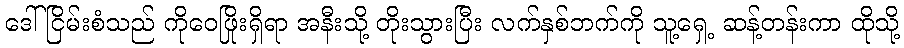
ဒေါ်ငြိမ်းစံသည် ကိုဝေဖြိုးရှိရာ အနီးသို့ တိုးသွားပြီး လက်နှစ်ဘက်ကို သူ့ရှေ့ ဆန့်တန်းကာ ထိုသို့